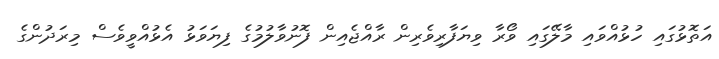
އަތޮޅުގައި ހުޅުއްވައި މާލޭގައި ވޯރާ ވިޔަފާރިވެރިން ރާއްޖެއިން ފޮނުވާލުމުގެ ފިޔަވަޅު އެޅުއްވީވެސް މިރަދުންގެ